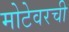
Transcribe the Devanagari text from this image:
मोटेवरची